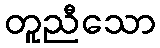
တူညီသော